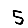
Digit: 5